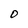
Character: O